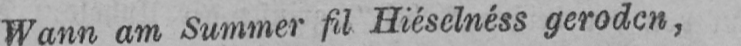
Wann am Summer fil Hiéselnéss geroden,